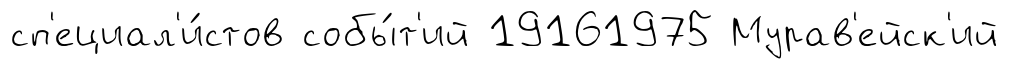
сп'ециал'и́стов собы́т'ий 19161975 Мурав'ейск'ий